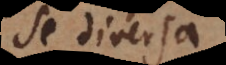
se diversa,